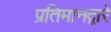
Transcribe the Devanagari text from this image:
प्रतिमानद्वारे